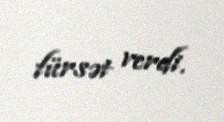
fürsət verdi.